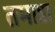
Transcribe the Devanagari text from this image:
तमान्ना